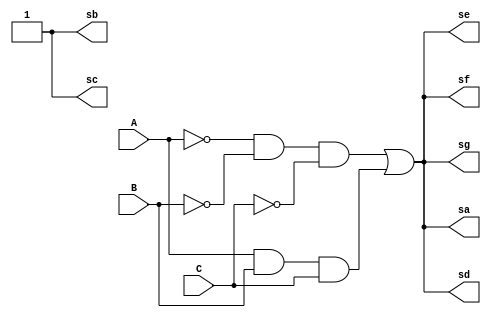
module decod_ersensores2(A,B,C,sa,sb,sc,sd,se,sf,sg);
	input A,B,C;
	output sa,sb,sc,sd,se,sf,sg;
	
	//DECODIFICADOR DO DIGITO 3 DO CPLD
	//inversoras
	not (a,A);
	not (b,B);
	not (c,C);
	
	wire a,b,c,abc,ABC;
	
	//seg. A:abc+ABC
	and (abc,a,b,c);
	and (ABC,A,B,C);
	or (sa,abc,ABC);
	
	//seg. B:1
	buf (sb,1'b1);
	
	//seg. C: 1
	buf (sc,1'b1);
	
	//seg D:
	or (sd,abc,ABC);
	
	//seg E:
	or (se,abc,ABC);
	
	//seg F:
	or (sf,abc,ABC);
	
	//seg G:
	or (sg,abc,ABC);
	
endmodule